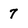
Character: 7